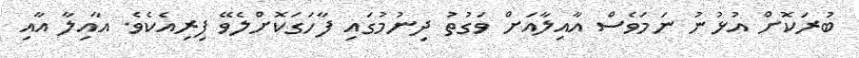
ބުރަކޮށް އުޅުނު ނަމަވެސް އާއިލާއަށް ވަގުތު ދިނުމުގައި ފާހަގަކޮށްލެވޭ ފިރިއެކެވެ. އާއިލާ އާއި